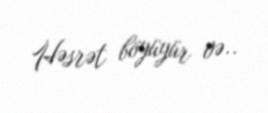
Həsrət böyüyür və..